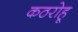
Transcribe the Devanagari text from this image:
कठरोहू